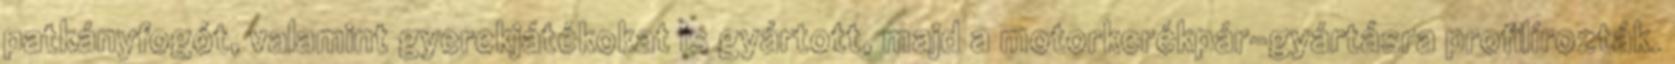
patkányfogót, valamint gyerekjátékokat is gyártott, majd a motorkerékpár-gyártásra profilírozták.